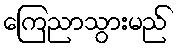
ကြေညာသွားမည်